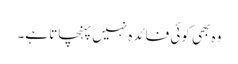
وہ بھی کوئی فائدہ نہیں پہنچاتا ہے۔